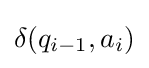
\delta (q_{i-1},a_{i})